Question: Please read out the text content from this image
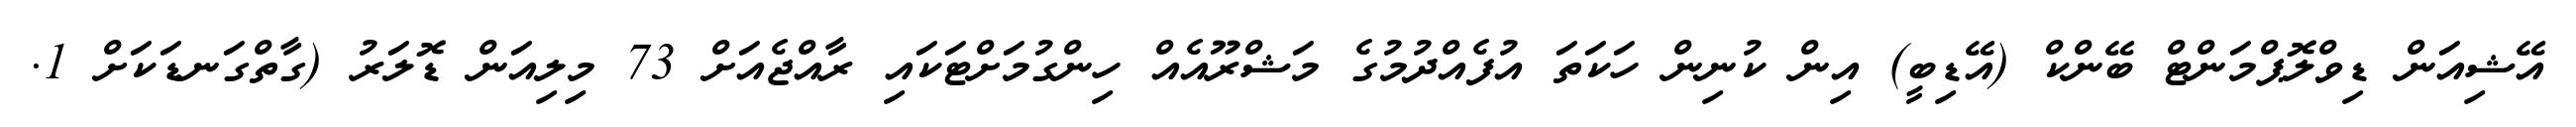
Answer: އޭޝިއަން ޑިވްލޮޕްމަންޓް ބޭންކް (އޭޑިބީ) އިން ކުނިން ހަކަތަ އުފެއްދުމުގެ މަޝްރޫއެއް ހިންގުމަށްޓަކައި ރާއްޖެއަށް 73 މިލިއަން ޑޮލަރު (ގާތްގަނޑަކަށް 1.